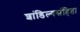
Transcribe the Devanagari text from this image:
शांडिल्यसंहिता